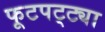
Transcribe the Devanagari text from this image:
फूटपट्ट्या